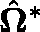
\hat { \mathbf { \Omega } } ^ { * }